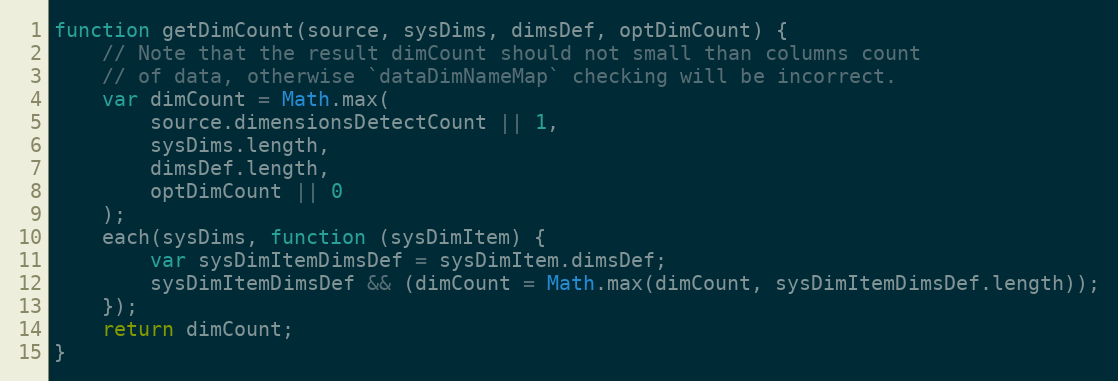
Language: JavaScript
function getDimCount(source, sysDims, dimsDef, optDimCount) {
    // Note that the result dimCount should not small than columns count
    // of data, otherwise `dataDimNameMap` checking will be incorrect.
    var dimCount = Math.max(
        source.dimensionsDetectCount || 1,
        sysDims.length,
        dimsDef.length,
        optDimCount || 0
    );
    each(sysDims, function (sysDimItem) {
        var sysDimItemDimsDef = sysDimItem.dimsDef;
        sysDimItemDimsDef && (dimCount = Math.max(dimCount, sysDimItemDimsDef.length));
    });
    return dimCount;
}